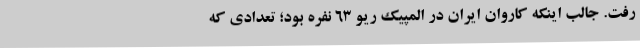
رفت. جالب اینکه کاروان ایران در المپیک ریو 63 نفره بود؛ تعدادی که